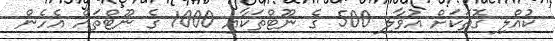
ކުއްލި ގޮތަކަށް އުވާލި 500 ގެ ނޫޓްތަކާއި 1000 ގެ ނޫޓްތައް އެހެން